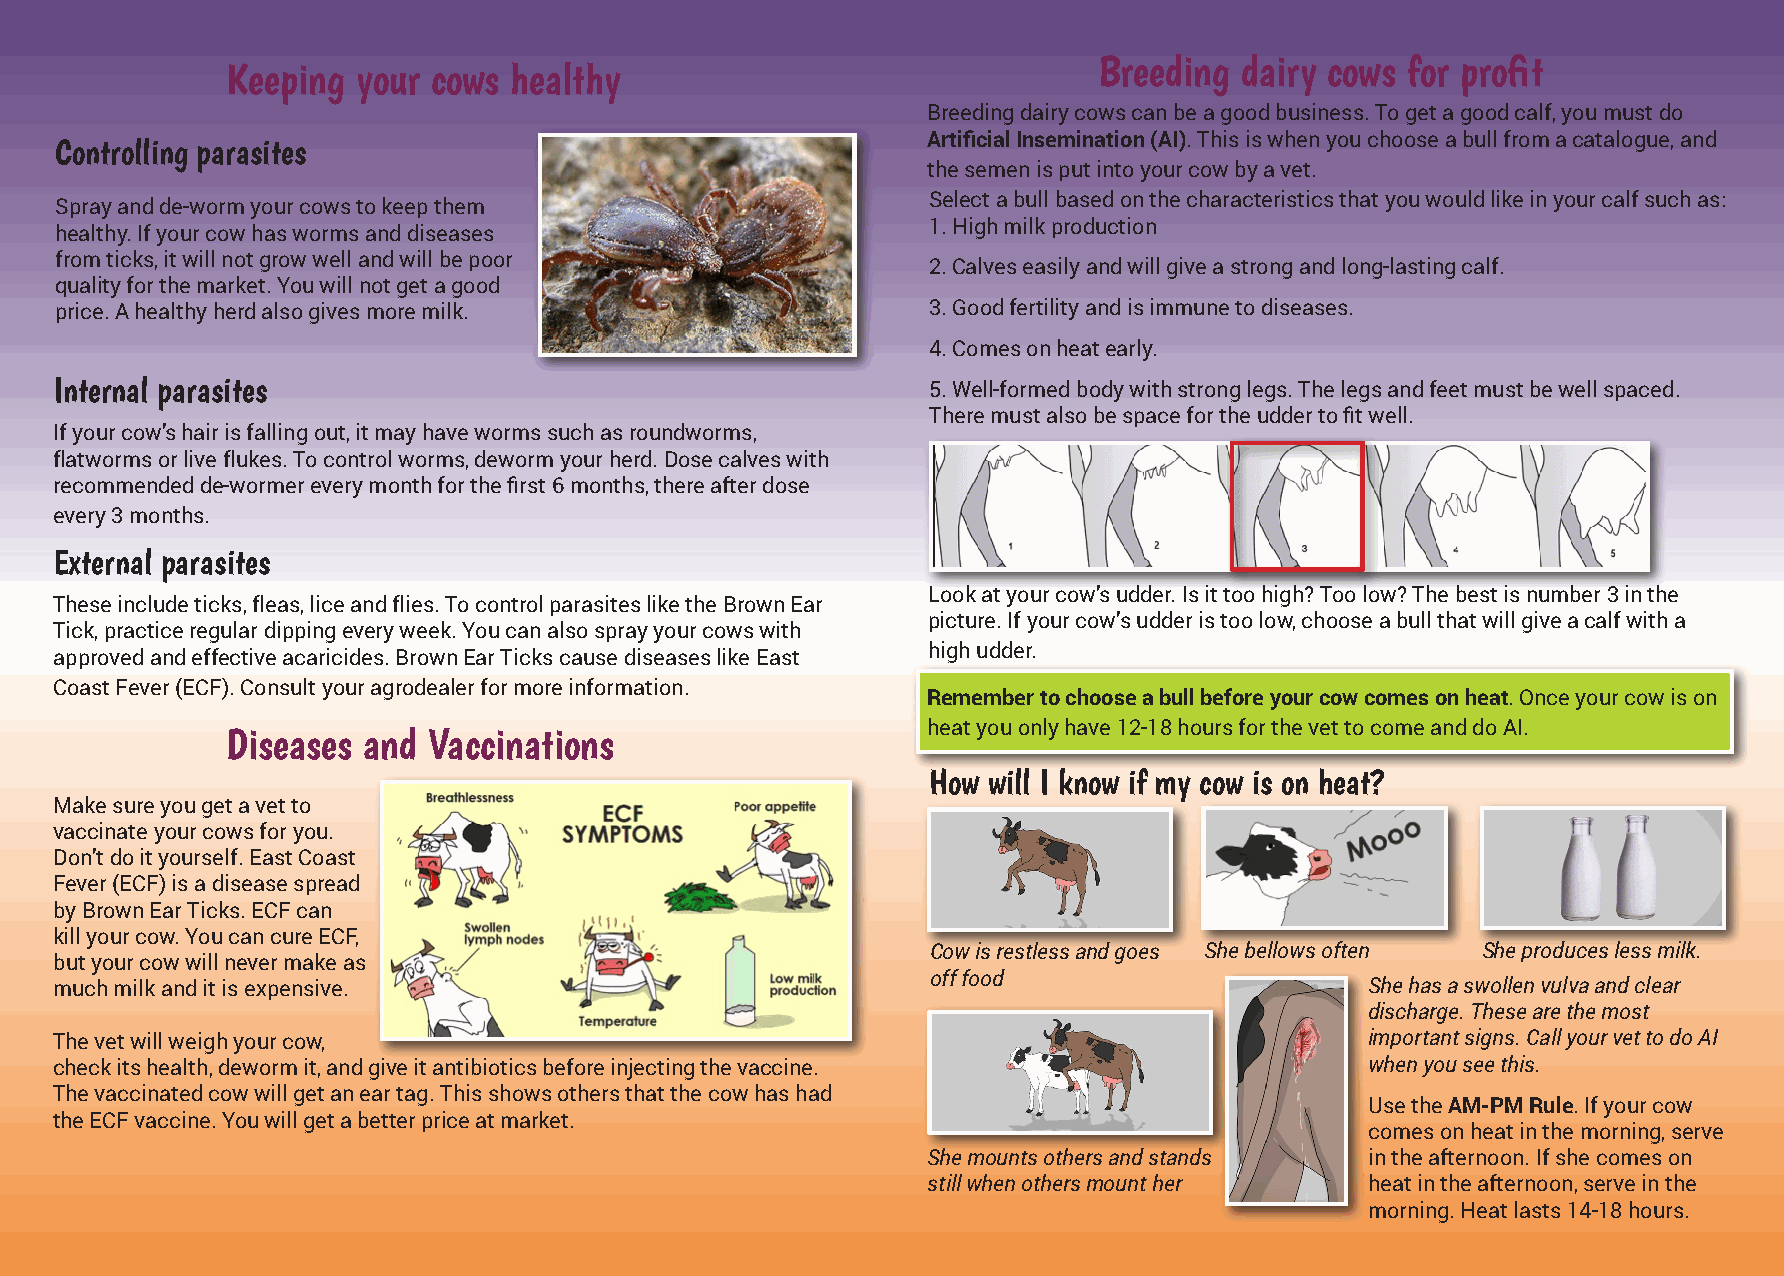
Breeding dairy cows for profit
 Keeping  your cows healthy
 Breeding dairy cows can be a good business. To get a good calf, you must do
 Artificial Insemination (AI). This is when you choose a bull from a catalogue, and
 Controlling parasites
 the semen is put into your cow by a vet.
 Select a bull based on the characteristics that you would like in your calf such as:
 Spray and de-worm your cows to keep them
 1. High milk production
 healthy. If your cow has worms and diseases
 from ticks, it will not grow well and will be poor
 2. Calves easily and will give a strong and long-lasting calf.
 quality for the market. You will not get a good
 price. A healthy herd also gives more milk.              3. Good fertility and is immune to diseases.
 4. Comes on heat early.
 Internal parasites                                       5. Well-formed body with strong legs. The legs and feet must be well spaced.
 There must also be space for the udder to fit well.
 If your cow’s hair is falling out, it may have worms such as roundworms,
 flatworms or live flukes. To control worms, deworm your herd. Dose calves with
 recommended de-wormer every month for the first 6 months, there after dose
 every 3 months.
 External parasites
 Look at your cow’s udder. Is it too high? Too low? The best is number 3 in the
 These include ticks, fleas, lice and flies. To control parasites like the Brown Ear
 picture. If your cow’s udder is too low, choose a bull that will give a calf with a
 Tick, practice regular dipping every week. You can also spray your cows with
 high udder.
 approved and effective acaricides. Brown Ear Ticks cause diseases like East
 Coast Fever (ECF). Consult your agrodealer for more information.
 Remember to choose a bull before your cow comes on heat. Once your cow is on
 heat you only have 12-18 hours for the vet to come and do AI.
 Diseases and Vaccinations
 How will I know if my cow is on heat?
 Make sure you get a vet to
 vaccinate your cows for you.
 Don’t do it yourself. East Coast
 Fever (ECF) is a disease spread
 by Brown Ear Ticks. ECF can
 kill your cow. You can cure ECF,
 Cow is restless and goes She bellows often She produces less milk.
 but your cow will never make as
 off food
 much milk and it is expensive.                                                         She has a swollen vulva and clear
 discharge. These are the most
 The vet will weigh your cow,                                                           important signs. Call your vet to do AI
 check its health, deworm it, and give it antibiotics before injecting the vaccine.     when you see this.
 The vaccinated cow will get an ear tag. This shows others that the cow has had
 Use the AM-PM Rule. If your cow
 the ECF vaccine. You will get a better price at market.
 comes on heat in the morning, serve
 She mounts others and stands  in the afternoon. If she comes on
 still when others mount her   heat in the afternoon, serve in the
 morning. Heat lasts 14-18 hours.